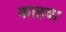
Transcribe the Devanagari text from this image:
काहवा